Lunatic asylums in Bengal annual reports 1912-1924 - 1912-1924
Year: 1912
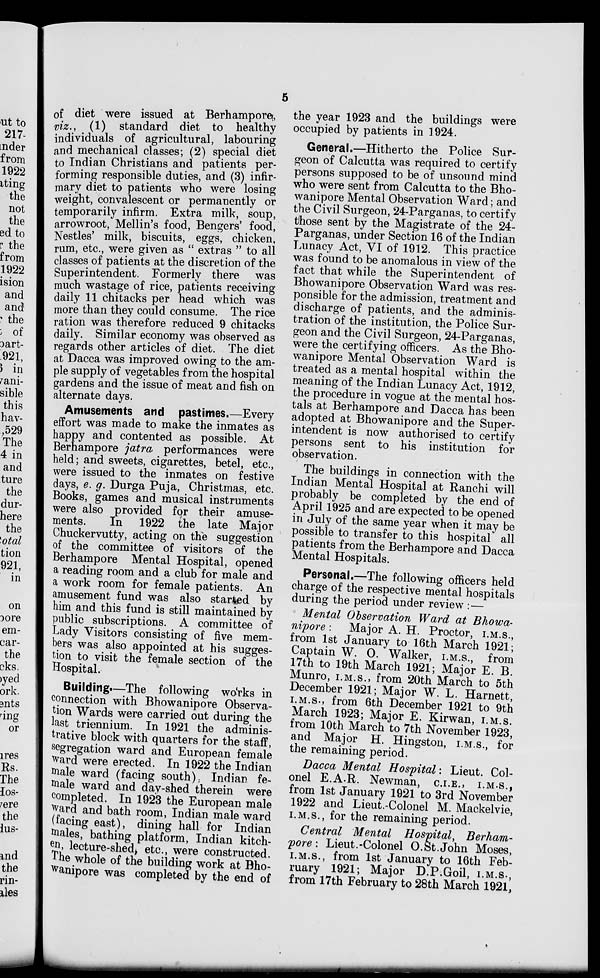
5
of diet were issued at Berhampore,
viz., (1) standard diet to healthy
individuals of agricultural, labouring
and mechanical classes; (2) special diet
to Indian Christians and patients per-
forming responsible duties, and (3) infir-
mary diet to patients who were losing
weight, convalescent or permanently or
temporarily infirm. Extra milk, soup,
arrowroot, Mellin's food, Bengers' food,
Nestles' milk, biscuits, eggs, chicken,
rum, etc., were given as " extras " to all
classes of patients at the discretion of the
Superintendent. Formerly there was
much wastage of rice, patients receiving-
daily 11 chitacks per head which was
more than they could consume. The rice
ration was therefore reduced 9 chitacks
daily. Similar economy was observed as
regards other articles of diet. The diet
at Dacca was improved owing to the am-
ple supply of vegetables from the hospital
gardens and the issue of meat and fish on
alternate days.
Amusements and pastimes.—Every
effort was made to make the inmates as
happy and contented as possible. At
Berhampore jatra performances were
held; and sweets, cigarettes, betel, etc.,
were issued to the inmates on festive
days, e. g. Durga Puja, Christmas, etc.
Books, games and musical instruments
were also provided for their amuse-
ments.
In 1922 the late Major
Chuckervutty, acting on the suggestion
of the committee of visitors of the
Berhampore Mental Hospital, opened
a reading room and a club for male and
a work room for female patients. An
amusement fund was also started by
him and this fund is still maintained by
public subscriptions. A committee of
Lady Visitors consisting of five mem-
bers was also appointed at his sugges-
tion to visit the female section of the
Hospital.
Building-—The following works in
connection with Bhowanipore Observa-
tion Wards were carried out during the
last triennium. In 1921 the adminis-
trative block with quarters for the staff,
segregation ward and European female
ward were erected. In 1922 the Indian
male ward (facing south), Indian fe-
male ward and day-shed therein were
completed. In 1923 the European male
ward and bath room, Indian male ward
(facing east), dining hall for Indian
males, bathing platform, Indian kitch-
en, lecture-shed, etc., were constructed
The whole of the building work at Bho-
wanipore was completed by the end of
the year 1923 and the buildings were
occupied by patients in 1924.
General.—Hitherto the Police Sur-
geon of Calcutta was required to certify
persons supposed to be of unsound mind
who were sent from Calcutta to the Bho-
wanipore Mental Observation Ward ; and
the Civil Surgeon, 24-Parganas, to certify
those sent by the Magistrate of the 24-
Parganas, under Section 16 of the Indian
Lunacy Act, VI of 1912. This practice
was found to be anomalous in view of the
fact that while the Superintendent of
Bhowanipore Observation Ward was res-
ponsible for the admission, treatment and
discharge of patients, and the adminis-
tration of the institution, the Police Sur-
geon and the Civil Surgeon, 24-Parganas,
were the certifying officers. As the Bho-
wanipore Mental Observation Ward is
treated as a mental hospital within the
meaning of the Indian Lunacy Act, 1912,
the procedure in vogue at the mental hos-
tals at Berhampore and Dacca has been
adopted at Bhowanipore and the Super-
intendent is now authorised to certify
persons sent to his institution for
observation.
The buildings in connection with the
Indian Mental Hospital at Ranchi will
probably be completed by the end of
April 1925 and are expected to be opened
in July of the same year when it may be
possible to transfer to this hospital all
patients from the Berhampore and Dacca
Mental Hospitals.
Personal.—The following officers held
charge of the respective mental hospitals
during the period under review :—
Mental Observation Ward at Bhowa-
nipore : Major A. H. Proctor, I.M.S.,
from 1st January to 16th March 1921;
Captain W. O. Walker, I.M.S., from
17th to 19th March 1921; Major E. B.
Munro, I.M.S., from 20th March to 5th
December 1921; Major W. L. Harnett,
I.M.S., from 6th December 1921 to 9th
March 1923; Major E. Kirwan, I.M.S.
from 10th March to 7th November 1923,
and Major H. Hingston, I.M.S., for
the remaining period.
Dacca Mental Hospital: Lieut. Col-
onel E.A.R. Newman, C.I.E., I.M.S
from 1st January 1921 to 3rd November
1922 and Lieut.-Colonel M. Mackelvie,
I.M.S., for the remaining period.
Central Mental Hospital, Berham-
pore: Lieut.-Colonel O.St.John Moses,
I.M.S.,
from 1st January to 16th Feb-
ruary 1921; Major D.P.Goil, I.M.S.,
from 17th February to 28th March 1921.